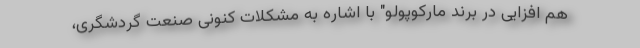
هم افزایی در برند مارکوپولو" با اشاره به مشکلات کنونی صنعت گردشگری،